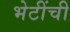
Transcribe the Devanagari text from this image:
भेटींची